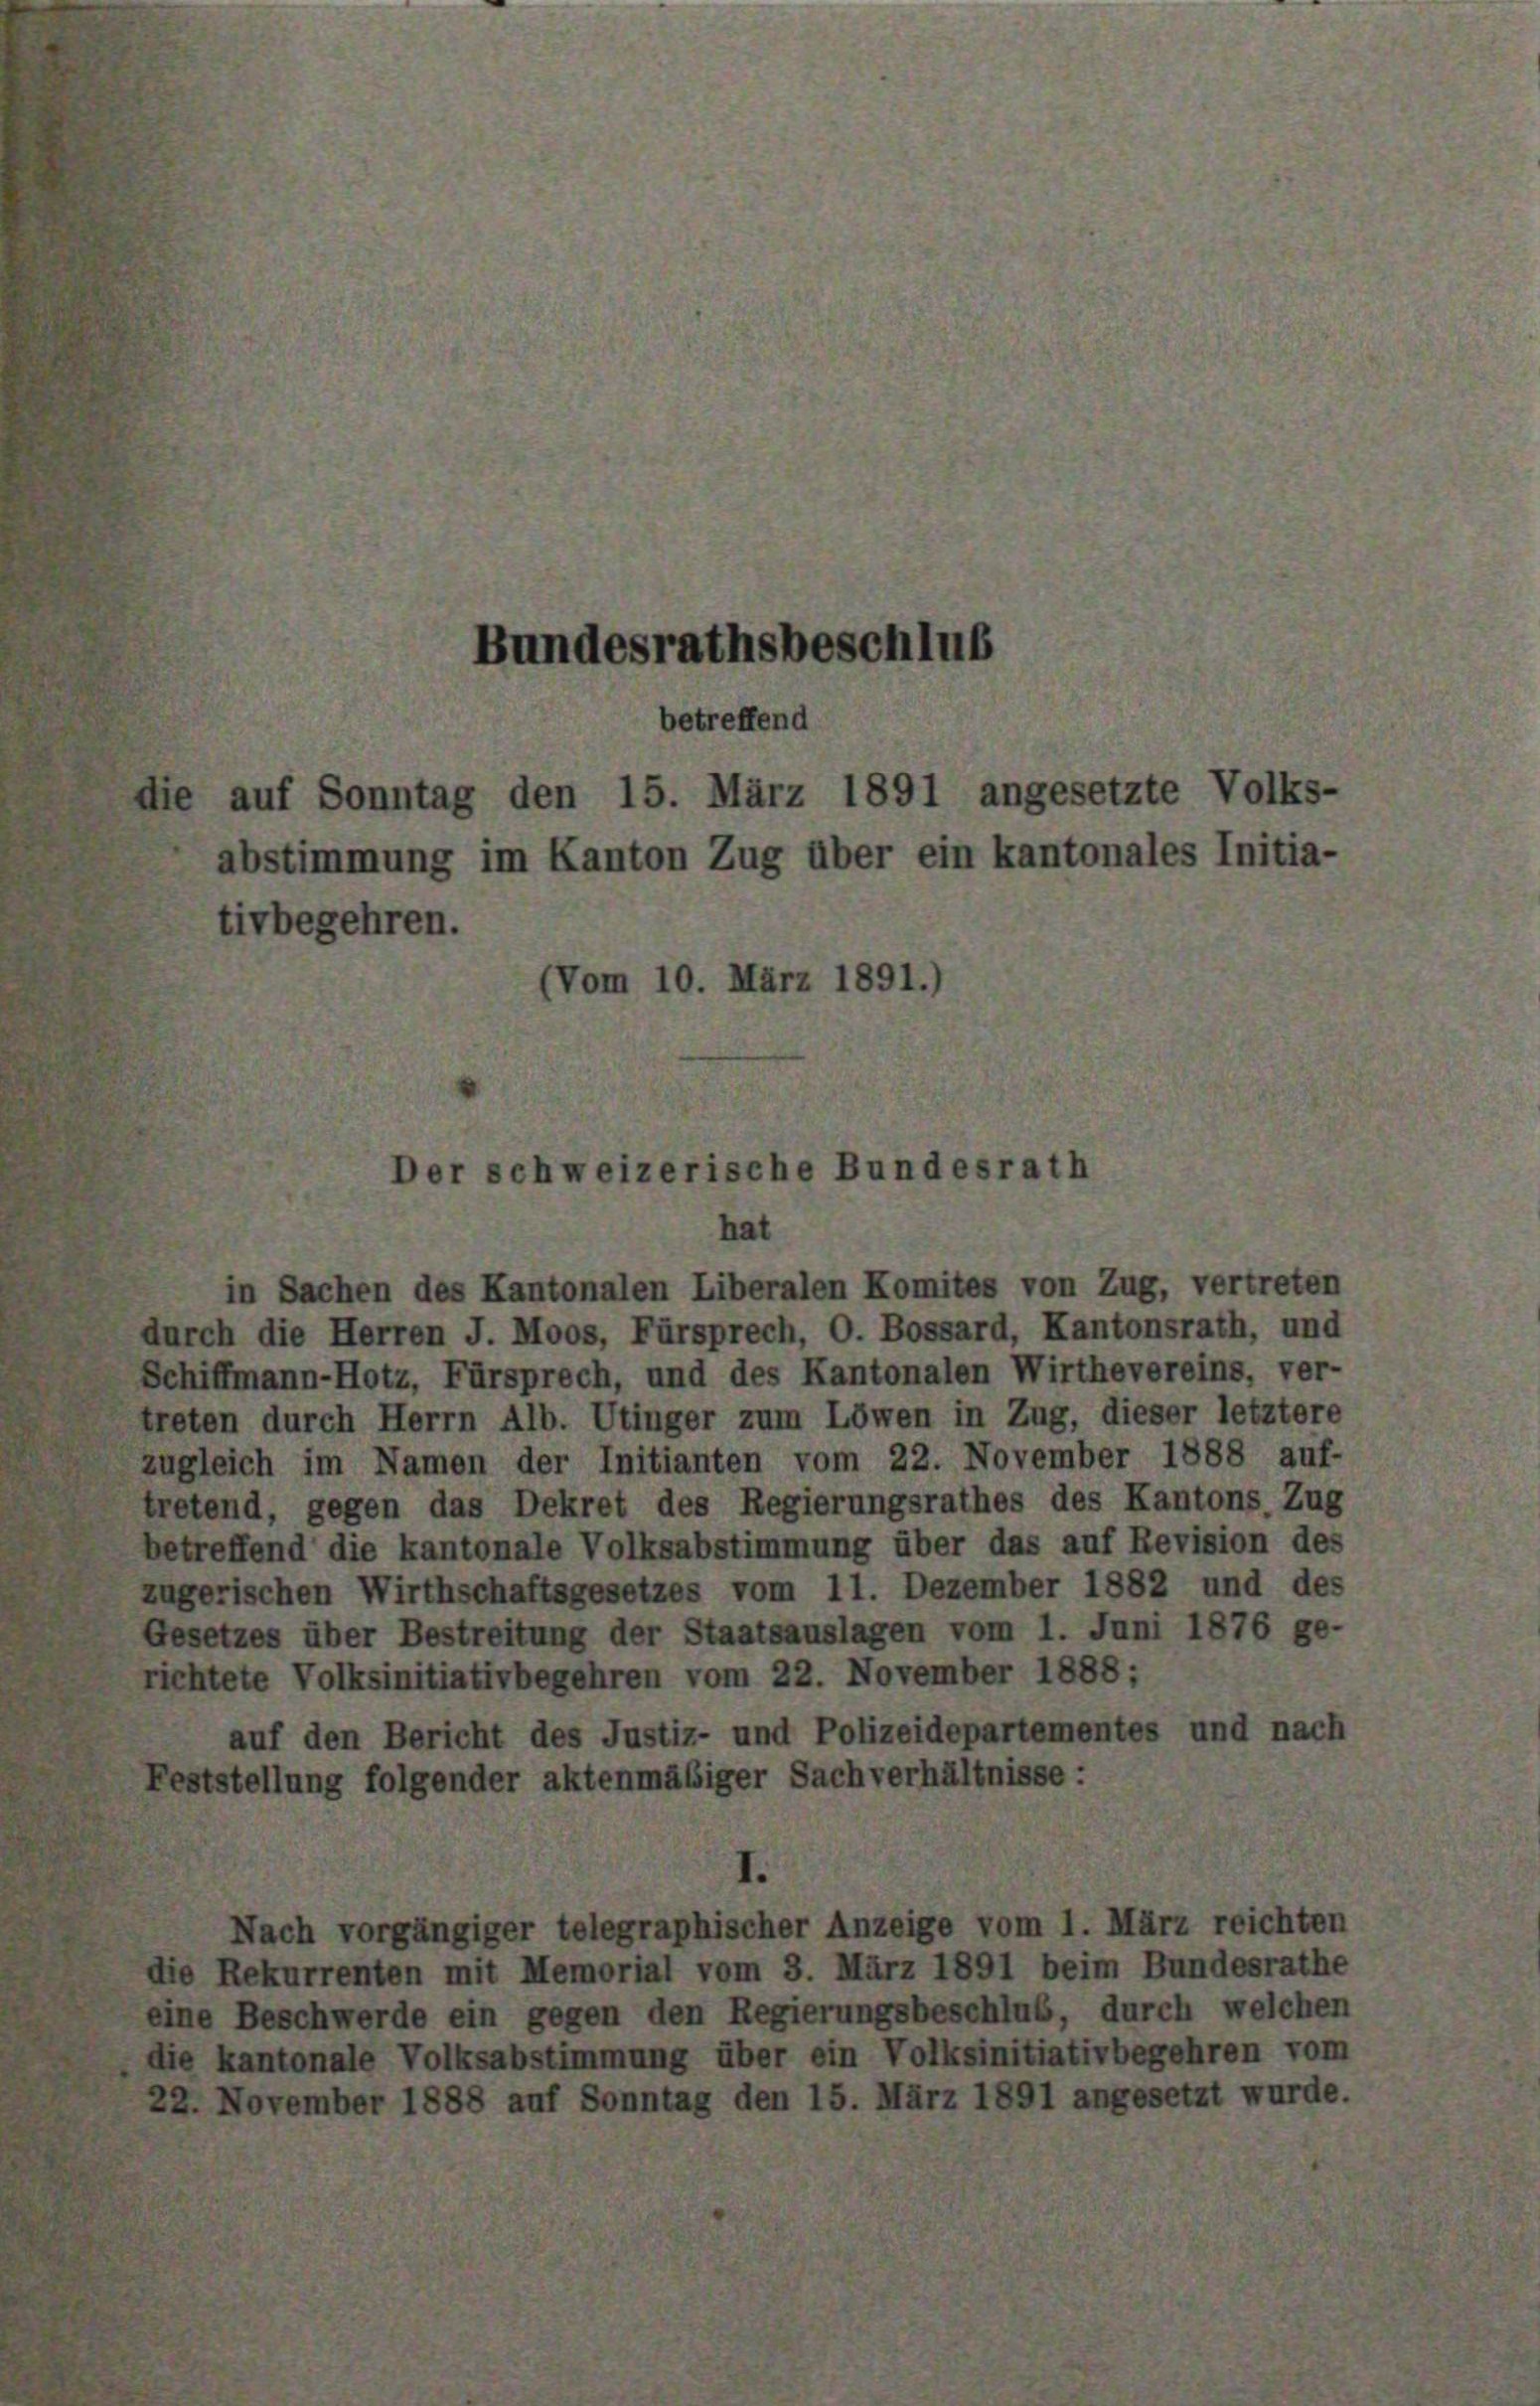
betreffend
die auf Sonntag den 15. März 1891 angesetzte Volks-
abstimmung im Kanton Zug über ein kantonales Initia-
tivbegehren.
(Vom 10. März 1891.)

Bundesrathsbeschluß

Der schweizerische Bundesrath
hat

in Sachen des Kantonalen Liberalen Komites von Zug, vertreten
durch die Herren J. Moos, Fürsprech, O. Bossard, Kantonsrath, und
Schiffmann-Hotz, Fürsprech, und des Kantonalen Wirthevereins, ver-
treten durch Herrn Alb. Utinger zum Löwen in Zug, dieser letztere
zugleich im Namen der Initianten vom 22. November 1888 auf-
tretend, gegen das Dekret des Regierungsrathes des Kantons, Zug
betreffend die kantonale Volksabstimmung über das auf Revision des
zugerischen Wirthschaftsgesetzes vom 11. Dezember 1882 und des
Gesetzes über Bestreitung der Staatsauslagen vom 1. Juni 1876 ge-
richtete Volksinitiativbegehren vom 22. November 1888;
auf den Bericht des Justiz- und Polizeidepartementes und nach
Feststellung folgender aktenmäßiger Sachverhältnisse:
Nach vorgängiger telegraphischer Anzeige vom 1. März reichten
die Rekurrenten mit Memorial vom 3. März 1891 beim Bundesrathe
eine Beschwerde ein gegen den Regierungsbeschluß, durch welchen
die kantonale Volksabstimmung über ein Volksinitiativbegehren vom
22. November 1888 auf Sonntag den 15. März 1891 angesetzt wurde.